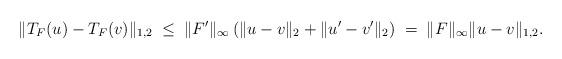
LaTeX: \begin{align*}\|T_F(u) - T_F(v)\|_{1,2} \; \leq \; \|F'\|_\infty \left( \|u - v\|_2 + \|u' - v'\|_2\right) \; = \; \|F\|_\infty\|u - v \|_{1,2}.\end{align*}